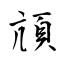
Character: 頏